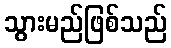
သွားမည်ဖြစ်သည်